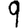
Digit: 9